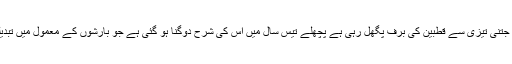
ماحولیات سے وابستہ سائنس دان اس بات پر متفق ہیں کہ جتنی تیزی سے قطبین کی برف پگھل رہی ہے پچھلے تیس سال میں اس کی شرح دوگنا ہو گئی ہے جو بارشوں کے معمول میں تبدیلی، سیلاب اور دوسری قدرتی آفات کا باعث بن رہی ہے۔